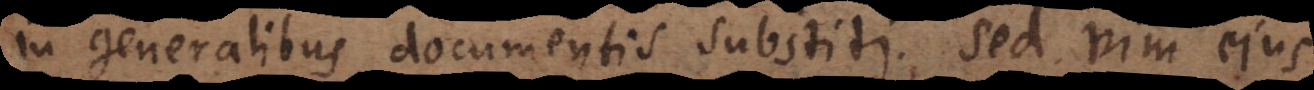
in generalibus documentis substiti, sed vim ejus